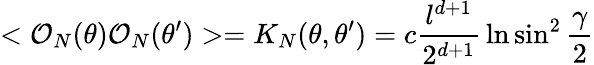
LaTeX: <{\cal O}_{N}(\theta){\cal O}_{N}(\theta^{\prime})>=K_{N}(\theta,\theta^{\prime})=c{\frac{l^{d+1}}{2^{d+1}}}\ln\sin^{2}{\frac{\gamma}{2}}